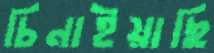
চিনাইয়াছি